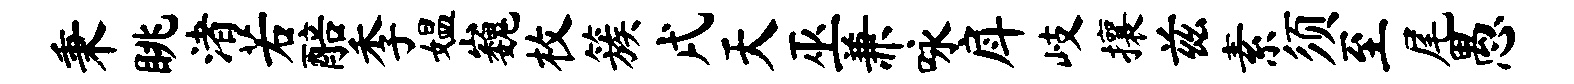
秉眺渚若醅季媪巍枚簇戌天巫兼咏戽岐攘兹素须至尾愚